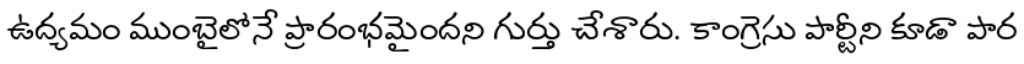
ఉద్యమం ముంబైలోనే ప్రారంభమైందని గుర్తు చేశారు. కాంగ్రెసు పార్టీని కూడా పార